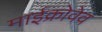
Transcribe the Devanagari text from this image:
माईक्रोवेव